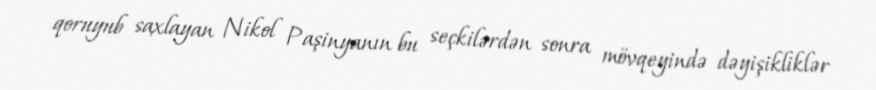
qoruyub saxlayan Nikol Paşinyanın bu seçkilərdən sonra mövqeyində dəyişikliklər